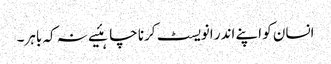
انسان کو اپنے اندر انویسٹ کرنا چاہئیے نہ کہ باہر۔